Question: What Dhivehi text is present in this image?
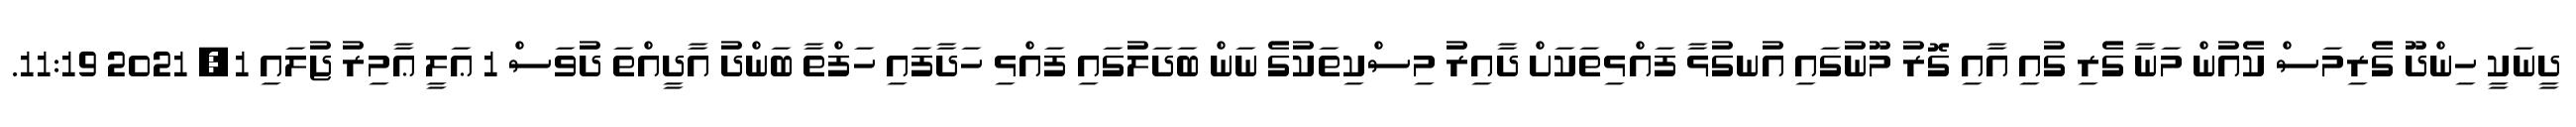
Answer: ދީނަކީ ހިންދޫ ގެރިމަސް ކެއުން މަނާ ގެރި ގުއި އާއި ގޮރު މޫނުގައި އުނގުޅާ ފައްޅިތަކަށް ދާއިރު މިސްކިތަކުގެ ނަން ބަދަލުގައި ފައްޅި ހަދާފައި ހަފްތާ ބަންދު އާދީއްތަ ދުވަސް 1 ޢަލީ ޢާމިރު ޖުލައި 1, 2021 11:19.